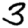
Digit: 3